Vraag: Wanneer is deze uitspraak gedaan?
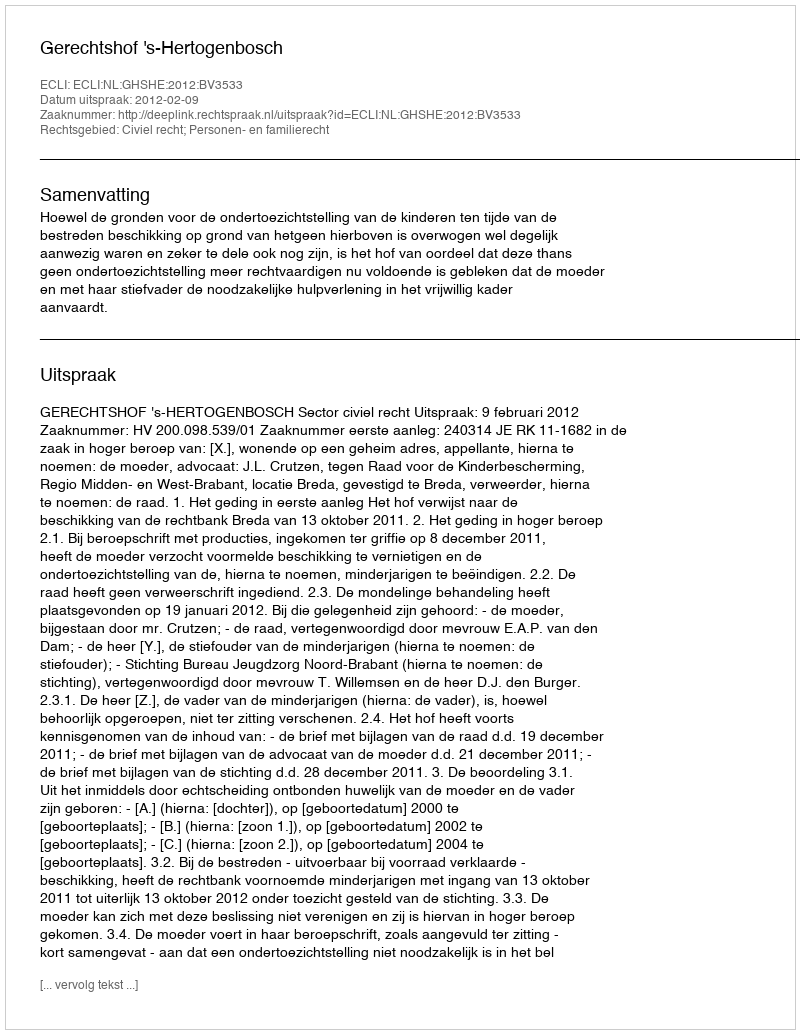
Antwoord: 2012-02-09